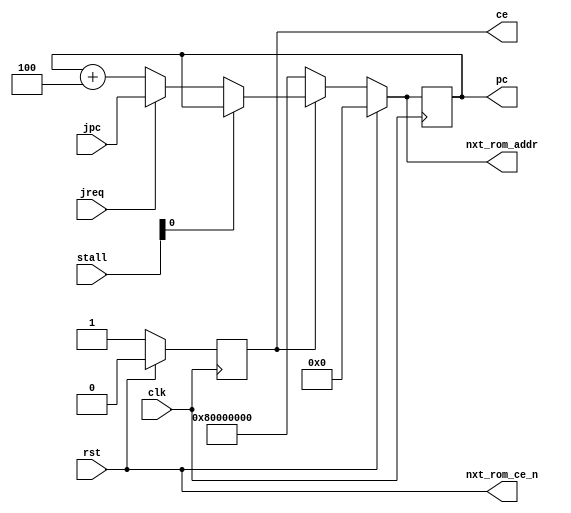
module pc(
	input wire clk,
	input wire rst,
	
	input wire[4:0]    stall,
	
	input wire[31:0]   jpc,
	input              jreq,
	
	
	output wire[31:0]  nxt_rom_addr,
	output wire        nxt_rom_ce_n,
	
	output reg[31:0]   pc,
	output reg         ce
);

wire[31:0] npc;
wire nce;

assign nce = (rst == 1) ? 0 : 1;
assign npc = (rst == 1) ? 0 : (ce == 0) ? 32'h80000000: (stall[0] == 1) ? pc : (jreq == 1) ? jpc : pc + 4;

assign nxt_rom_addr = npc;
assign nxt_rom_ce_n = ~nce;


always @(posedge clk) pc <= npc;
always @(posedge clk) ce <= nce;

endmodule